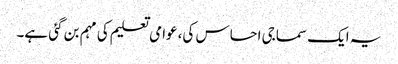
یہ ایک سماجی احساس کی، عوامی تعلیم کی مہم بن گئی ہے۔